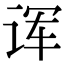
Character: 诨